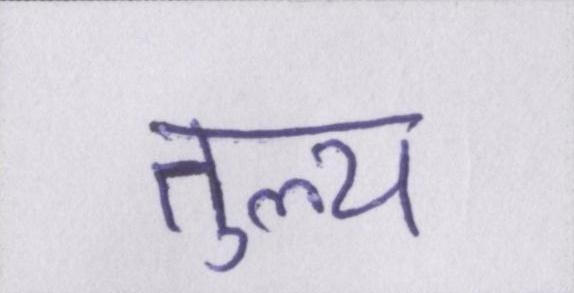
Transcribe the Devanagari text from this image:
तुल्य